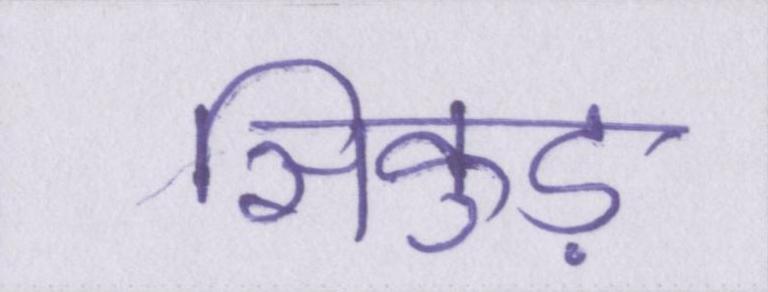
सिकुड़